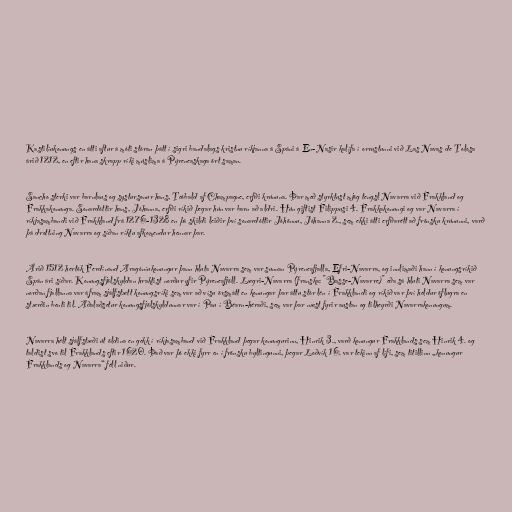
Kastilíukonungs en átti aftur á móti stóran þátt í sigri bandalags kristnu ríkjanna á Spáni á En-Nasir kalífa í orrustunni við Las Navas de Tolosa
árið 1212, en eftir hana skrapp ríki múslima á Pýreneaskaga ört saman.

Sancho sterki var barnlaus og systursonur hans, Teóbald af Champagne, erfði krúnuna. Þar með styrktust mjög tengsl Navarra við Frakkland og
Frakkakonunga. Sonardóttir hans, Jóhanna, erfði ríkið þegar hún var barn að aldri. Hún giftist Filippusi 4. Frakkakonungi og var Navarra í
ríkjasambandi við Frakkland frá 1276-1328 en þá skildi leiðir því sonardóttir Jóhönnu, Jóhanna 2., sem ekki átti erfðarétt að frönsku krúnunni, varð
þá drottning Navarra og síðan ríktu afkomendur hennar þar.

Árið 1512 hertók Ferdínand Aragóníukonungur þann hluta Navarra sem var sunnan Pýreneafjalla, Efri-Navarra, og innlimaði hann í konungsríkið
Spán ári síðar. Konungsfjölskyldan hraktist norður yfir Pýreneafjöll. Lægri-Navarra (franska: "Basse-Navarre)" eða sá hluti Navarra sem var
norðan fjallanna var áfram sjálfstætt konungsríki sem var að vísu örsmátt en konungar þar áttu stór lén í Frakklandi og ríkið var því heldur öflugra en
stærðin benti til. Aðalaðsetur konungsfjölskyldunnar var í Pau í Béarn-héraði, sem var þar næst fyrir austan og tilheyrði Navarrakonungum.

Navarra hélt sjálfstæði út öldina en gekk í ríkjasamband við Frakkland þegar konungurinn, Hinrik 3., varð konungur Frakklands sem Hinrik 4. og
taldist svo til Frakklands eftir 1620. Það var þó ekki fyrr en í frönsku byltingunni, þegar Loðvík 16. var tekinn af lífi, sem titillinn „konungur
Frakklands og Navarra“ féll niður.